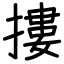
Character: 摟